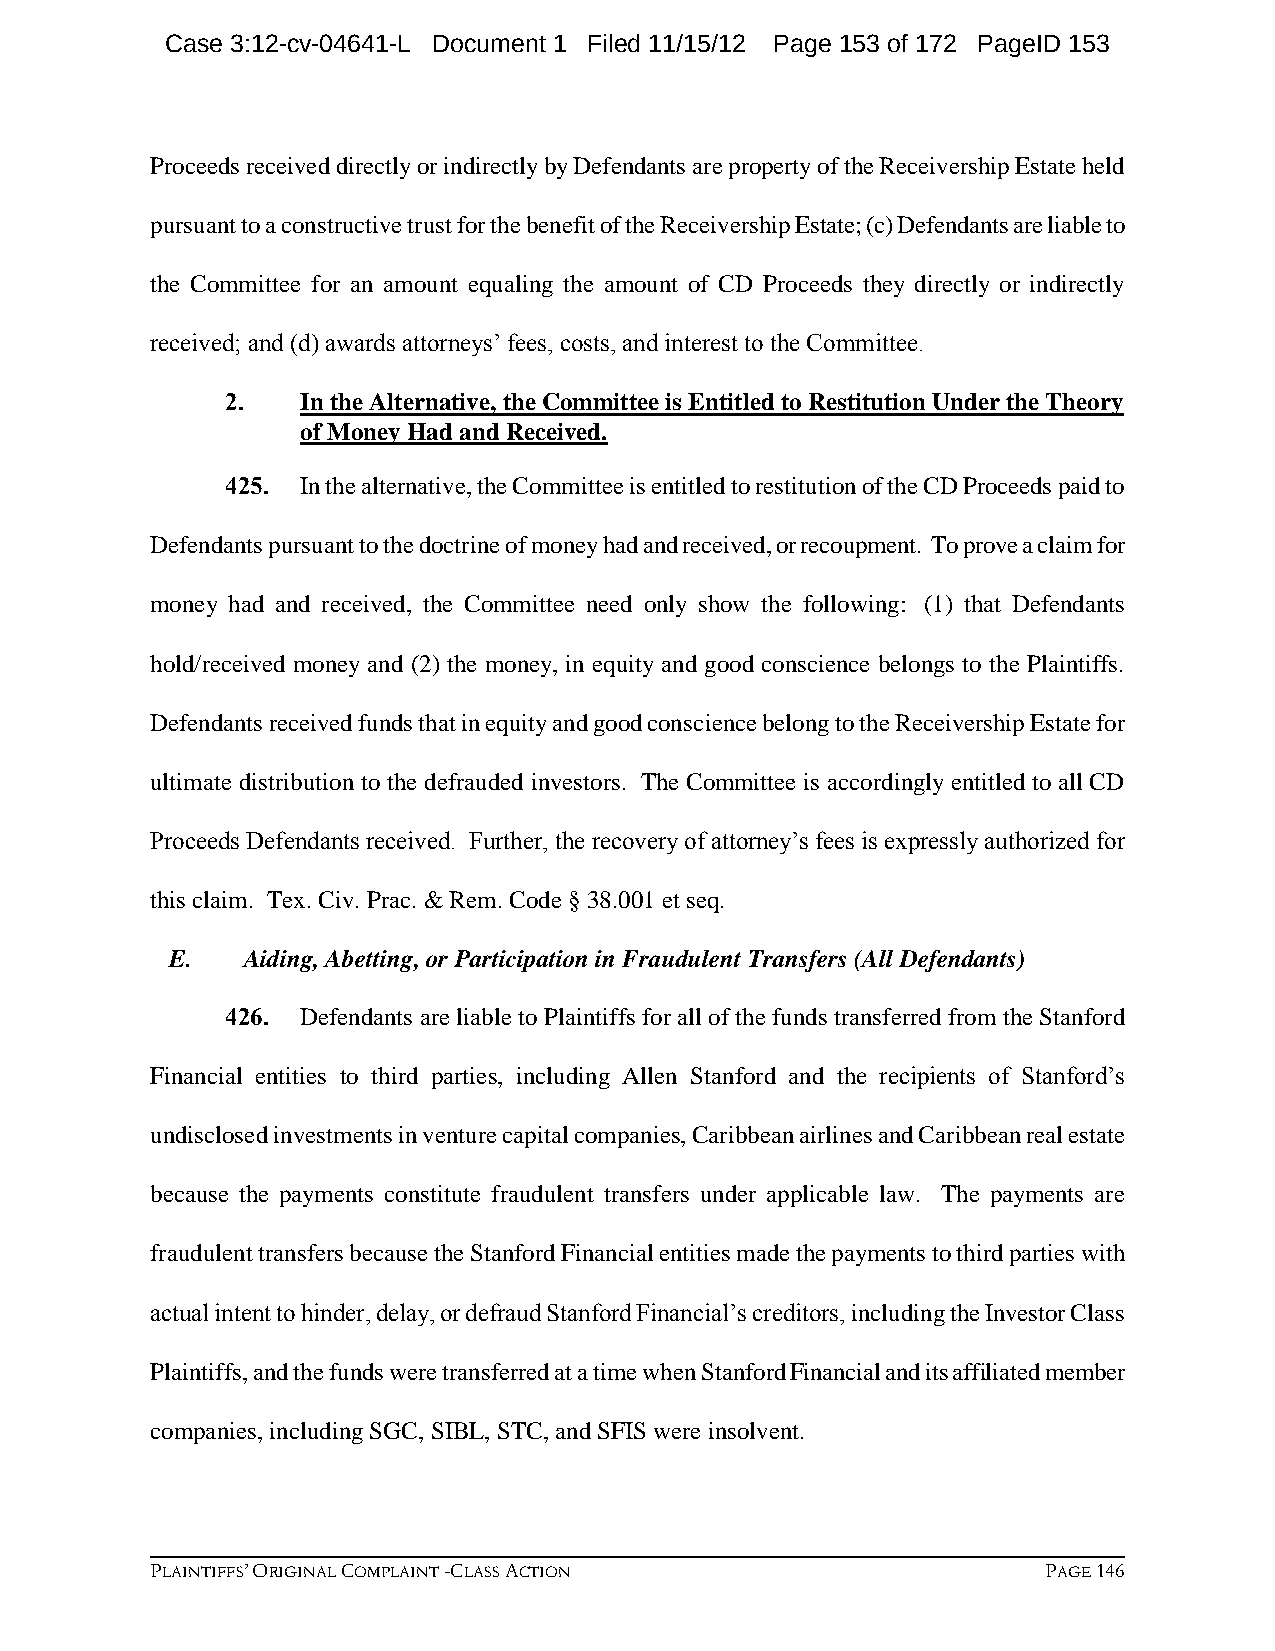
Case 3:12-cv-04641-L Document 1 Filed 11/15/12 Page 153 of 172 PageID 153
 Proceeds received directly or indirectly by Defendants are property of the Receivership Estate held
 pursuant to a constructive trust for the benefit of the Receivership Estate; (c) Defendants are liable to
 the Committee for an amount equaling the amount of CD Proceeds they directly or indirectly
 received; and (d) awards attorneys’ fees, costs, and interest to the Committee.
 2.   In the Alternative, the Committee is Entitled to Restitution Under the Theory
 of Money Had and Received.
 425. In the alternative, the Committee is entitled to restitution of the CD Proceeds paid to
 Defendants pursuant to the doctrine of money had and received, or recoupment. To prove a claim for
 money had and received, the Committee need only show the following: (1) that Defendants
 hold/received money and (2) the money, in equity and good conscience belongs to the Plaintiffs.
 Defendants received funds that in equity and good conscience belong to the Receivership Estate for
 ultimate distribution to the defrauded investors. The Committee is accordingly entitled to all CD
 Proceeds Defendants received. Further, the recovery of attorney’s fees is expressly authorized for
 this claim. Tex. Civ. Prac. & Rem. Code § 38.001 et seq.
 E.   Aiding, Abetting, or Participation in Fraudulent Transfers (All Defendants)
 426. Defendants are liable to Plaintiffs for all of the funds transferred from the Stanford
 Financial entities to third parties, including Allen Stanford and the recipients of Stanford’s
 undisclosed investments in venture capital companies, Caribbean airlines and Caribbean real estate
 because the payments constitute fraudulent transfers under applicable law. The payments are
 fraudulent transfers because the Stanford Financial entities made the payments to third parties with
 actual intent to hinder, delay, or defraud Stanford Financial’s creditors, including the Investor Class
 Plaintiffs, and the funds were transferred at a time when Stanford Financial and its affiliated member
 companies, including SGC, SIBL, STC, and SFIS were insolvent.
 PLAINTIFFS’ ORIGINAL COMPLAINT -CLASS ACTION               PAGE 146